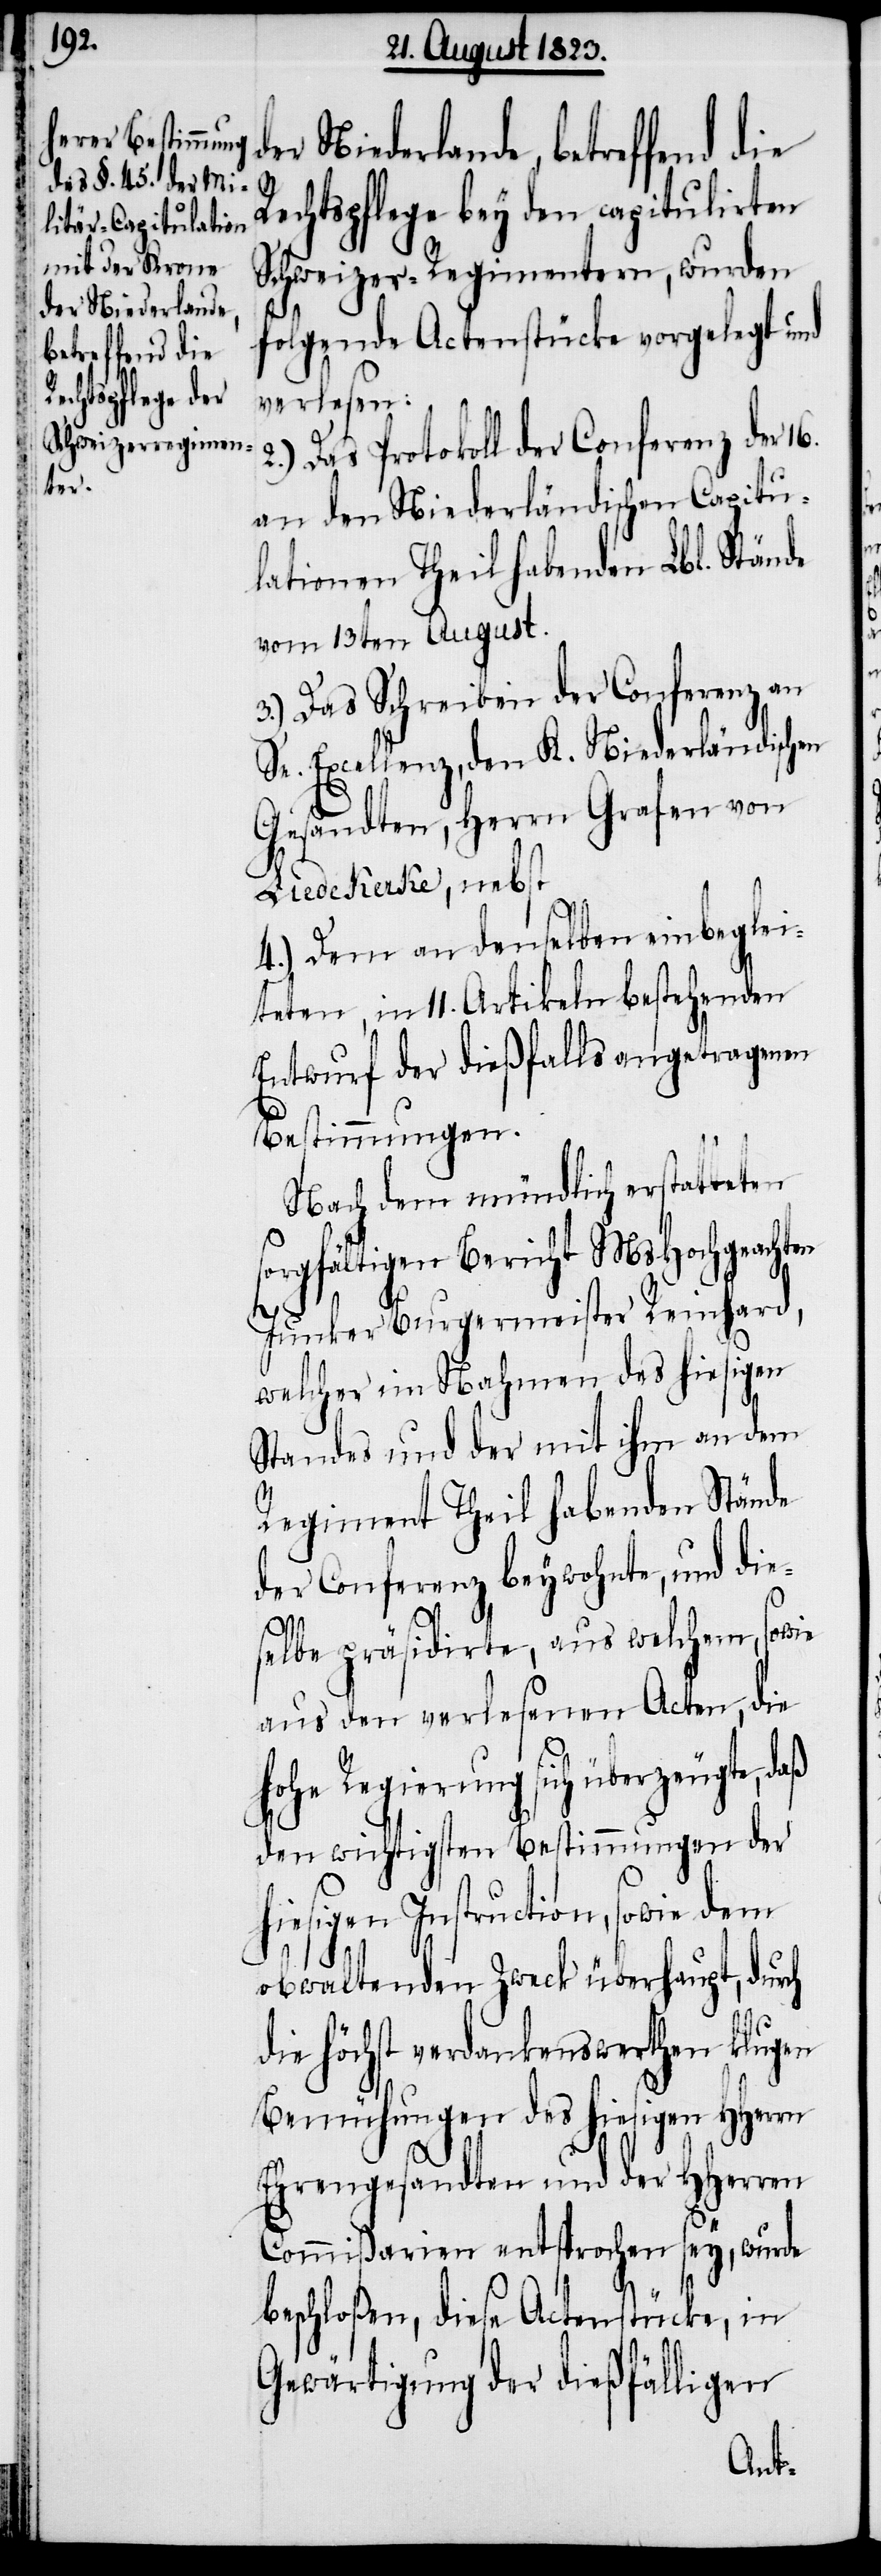
der Niederlande,
betreffend die

Rechtspflege bey den capitulirten
Schweizer-Regimentern, wurden
folgende Actenstücke vorgelegt und
verlesen:
2.) Das Protokoll der Conferenz der 16.
an den Niederländischen Capitu¬
lationen Theil habenden Lbl. Stände
vom 13ten August.
3.) Das Schreiben der Conferenz an
Se. Excellenz, den K. Niederländischen
Gesandten, Herrn Grafen von
Liedekerke, nebst
4.) Dem an denselben einbeglei¬
teten, in 11. Artikeln bestehenden
Entwurf der dießfalls angetragenen
Bestimmungen.
Nach dem mündlich erstatteten
sorgfältigen Bericht MsHochgeachten
Junker Burgermeister Reinhard,
welcher im Nahmen des hiesigen
Standes und der mit ihm an dem
Regiment Theil habenden Stände
der Conferenz beywohnte, und die¬
selbe präsidirte, aus welchem, sowie
aus den verlesenen Acten, die
hohe Regierung sich überzeugte, daß
den wichtigsten Bestimmungen der
hiesigen Instruction, sowie
obwaltenden Zweck überhaupt, durch
die höchst verdankenswerthen klugen
Bemühungen des hiesigen HHerrn
Ehrengesandten und der HHerren
Commißarien entsprochen sey, wurde
beschloßen, diese Actenstücke, in
Gewärtigung der dießfälligen